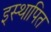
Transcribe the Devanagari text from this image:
इस्थापित